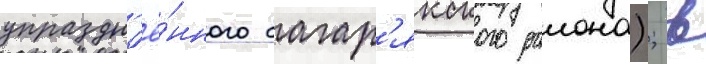
упраздн'ё́нного багар'якского раиона); в